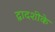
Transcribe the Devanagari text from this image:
द्वादशीके